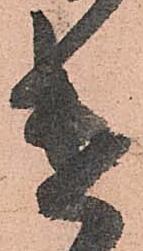
遣